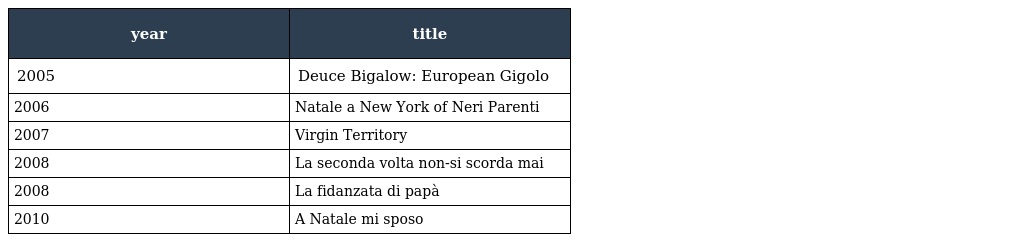
| year | title |
 | --- | --- |
 | 2005 | Deuce Bigalow: European Gigolo |
 | 2006 | Natale a New York of Neri Parenti |
 | 2007 | Virgin Territory |
 | 2008 | La seconda volta non-si scorda mai |
 | 2008 | La fidanzata di papà |
 | 2010 | A Natale mi sposo |